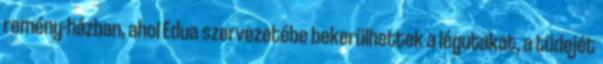
remény-házban, ahol Edua szervezetébe bekerülhettek a légutakat, a tüdejét